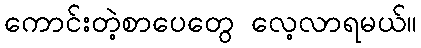
ကောင်းတဲ့စာပေတွေ လေ့လာရမယ်။